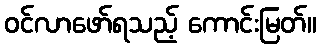
ဝင်လာဖော်ရသည့် ကောင်းမြတ်။